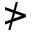
\ngtr